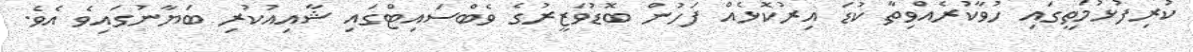
ކުރިފުޅުމަތީގައި ހުވާކުރެއްވިތާ ކުޑަ އިރުކޮޅެއް ފަހުން ބޮޑުވަޒީރުގެ ވެބްސައިޓްގައި ޝާއިއުކުރި ބަޔާނުގައިވެ އެވެ.